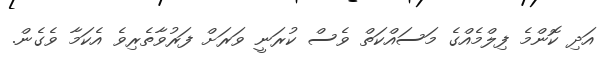
އަދި ކޮންމެ ފިލްމެއްގެ މަސައްކަތް ވެސް ކުރަނީ ވަރަށް ފަރުވާތެރިވެ އެކަމާ ވެގެން.